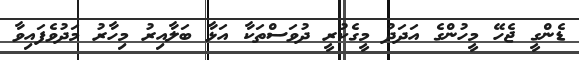
ޑެންގީ ޖެހޭ މީހުންގެ އަދަދު މީގެކުރީ ދުވަސްތަކާ އަޅާ ބަލާއިރު މިހާރު މަދުވެފައިވާ